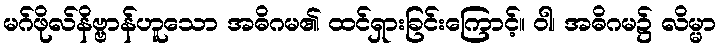
မဂ်ဖိုလ်နိဗ္ဗာန်ဟူသော အဓိဂမ၏ ထင်ရှားခြင်းကြောင့်။ ဝါ၊ အဓိဂမ၌ လိမ္မာ